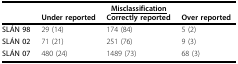
<table><thead><tr><td></td><td colspan="3"><b><underline>Misclassification</underline></b></td></tr><tr><td></td><td><b>Under reported</b></td><td><b>Correctly reported</b></td><td><b>Over reported</b></td></tr></thead><tbody><tr><td><b>SLÁN 98</b></td><td>29 (14)</td><td>174 (84)</td><td>5 (2)</td></tr><tr><td><b>SLÁN 02</b></td><td>71 (21)</td><td>251 (76)</td><td>9 (3)</td></tr><tr><td><b>SLÁN 07</b></td><td>480 (24)</td><td>1489 (73)</td><td>68 (3)</td></tr></tbody></table>